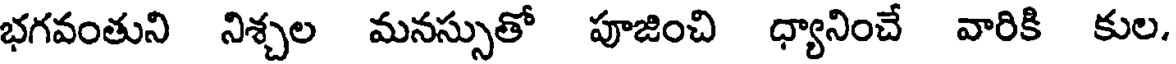
భగవంతుని నిశ్చల మనస్సుతో పూజించి ధ్యానించే వారికి కుల.